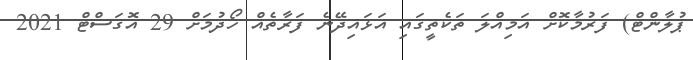
ޕުލާންޓް) ފަރުމާކޮށް އަމިއްލަ ތަކެތީގައި އަޅައިދޭނެ ފަރާތެއް ހޯދުމަށް 29 އޮގަސްޓް 2021